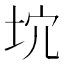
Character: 𡊫